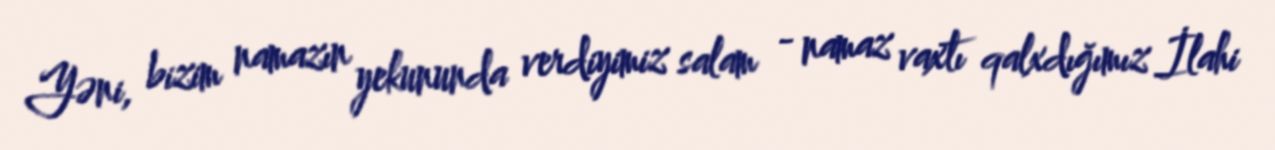
Yəni, bizim namazın yekununda verdiyimiz salam - namaz vaxtı qalxdığımız İlahi